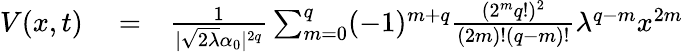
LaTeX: \begin{array}{rlr}{V(x,t)}&{{}=}&{\frac{1}{|\sqrt{2\lambda}\alpha_{0}|^{2q}}\sum_{m=0}^{q}(-1)^{m+q}\frac{(2^{m}q!)^{2}}{(2m)!(q-m)!}\lambda^{q-m}x^{2m}}\end{array}